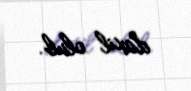
daxil olub.